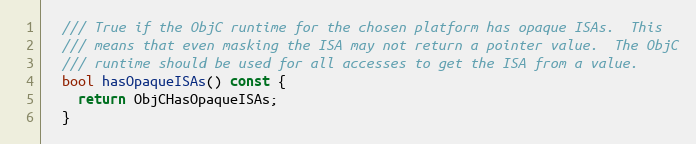
Language: C
  /// True if the ObjC runtime for the chosen platform has opaque ISAs.  This
  /// means that even masking the ISA may not return a pointer value.  The ObjC
  /// runtime should be used for all accesses to get the ISA from a value.
  bool hasOpaqueISAs() const {
    return ObjCHasOpaqueISAs;
  }